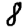
Digit: 8